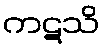
ကဋသိ